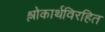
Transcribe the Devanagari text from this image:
श्लोकार्थविरहित